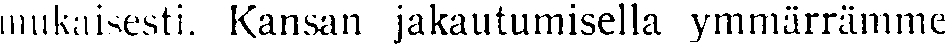
mukaisesti. Kansan jakautumisella ymmärrämme